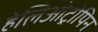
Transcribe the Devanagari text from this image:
हेलिओट्रोपिन